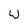
Character: W